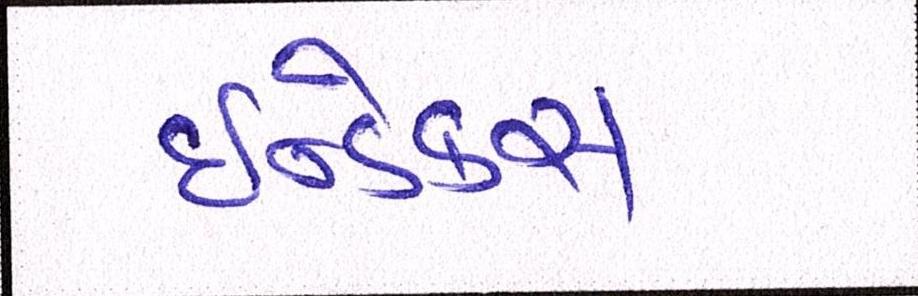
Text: ઇન્ડેક્સ